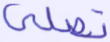
تصلى